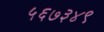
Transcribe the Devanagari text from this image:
५६७३४९